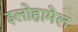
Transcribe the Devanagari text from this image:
इलोहामेल